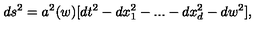
d s ^ { 2 } = a ^ { 2 } ( w ) [ d t ^ { 2 } - d x _ { 1 } ^ { 2 } - . . . - d x _ { d } ^ { 2 } - d w ^ { 2 } ] ,